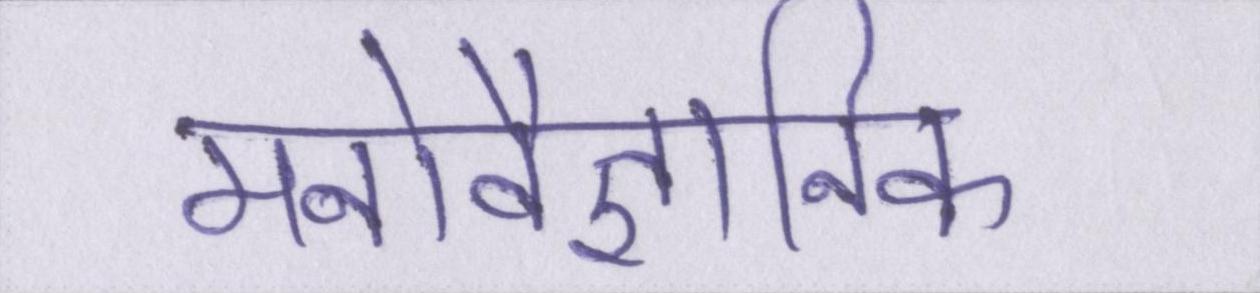
मनोवैज्ञानिक